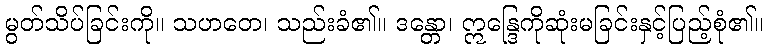
မွတ်သိပ်ခြင်းကို။ သဟတေ၊ သည်းခံ၏။ ဒန္တော၊ ဣန္ဒြေကိုဆုံးမခြင်းနှင့်ပြည့်စုံ၏။